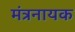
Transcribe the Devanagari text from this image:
मंत्रनायक